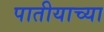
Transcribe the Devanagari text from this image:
पातीयाच्या